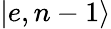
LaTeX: \left|e,n-1\right\rangle